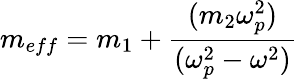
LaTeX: m_{eff}=m_{1}+{\frac{(m_{2}\omega_{p}^{2})}{(\omega_{p}^{2}-\omega^{2})}}